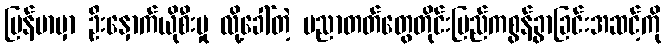
မြန်မာမှာ ဦးနှောက်ယိုစီးမှု လို့ခေါ်တဲ့ ပညာတတ်တွေတိုင်းပြည်ကစွန့်ခွာခြင်းအဆင့်ကို